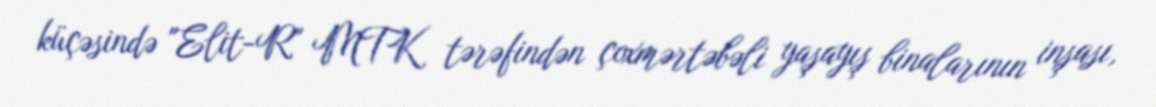
küçəsində "Elit-R" MTK tərəfindən çoxmərtəbəli yaşayış binalarının inşası,